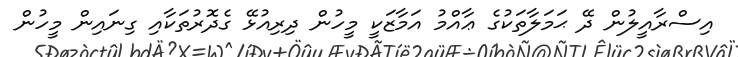
އިސްރާއީލުން ދޭ ޙަމަލާތަކުގެ ޢާއްމު އަމާޒަކީ މީހުން ދިރިއުޅޭ ގެދޮރުތަކާއި ގިނައިން މީހުން